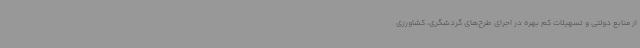
از منابع دولتی و تسهیلات کم بهره در اجرای طرح‌های گردشگری، کشاورزی